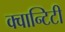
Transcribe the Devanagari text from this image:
क्वान्टिटी